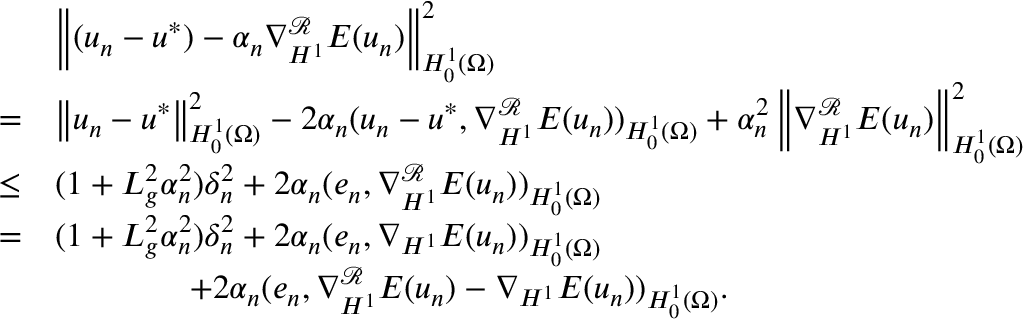
\begin{array} { r l } & { \left\Vert ( u _ { n } - u ^ { * } ) - \alpha _ { n } \nabla _ { H ^ { 1 } } ^ { \mathcal { R } } E ( u _ { n } ) \right\Vert _ { H _ { 0 } ^ { 1 } ( \Omega ) } ^ { 2 } } \\ { = } & { \left\Vert u _ { n } - u ^ { * } \right\Vert _ { H _ { 0 } ^ { 1 } ( \Omega ) } ^ { 2 } - 2 \alpha _ { n } ( u _ { n } - u ^ { * } , \nabla _ { H ^ { 1 } } ^ { \mathcal { R } } E ( u _ { n } ) ) _ { H _ { 0 } ^ { 1 } ( \Omega ) } + \alpha _ { n } ^ { 2 } \left\Vert \nabla _ { H ^ { 1 } } ^ { \mathcal { R } } E ( u _ { n } ) \right\Vert _ { H _ { 0 } ^ { 1 } ( \Omega ) } ^ { 2 } } \\ { \leq } & { ( 1 + L _ { g } ^ { 2 } \alpha _ { n } ^ { 2 } ) \delta _ { n } ^ { 2 } + 2 \alpha _ { n } ( e _ { n } , \nabla _ { H ^ { 1 } } ^ { \mathcal { R } } E ( u _ { n } ) ) _ { H _ { 0 } ^ { 1 } ( \Omega ) } } \\ { = } & { ( 1 + L _ { g } ^ { 2 } \alpha _ { n } ^ { 2 } ) \delta _ { n } ^ { 2 } + 2 \alpha _ { n } ( e _ { n } , \nabla _ { H ^ { 1 } } E ( u _ { n } ) ) _ { H _ { 0 } ^ { 1 } ( \Omega ) } } \\ & { \qquad \qquad + 2 \alpha _ { n } ( e _ { n } , \nabla _ { H ^ { 1 } } ^ { \mathcal { R } } E ( u _ { n } ) - \nabla _ { H ^ { 1 } } E ( u _ { n } ) ) _ { H _ { 0 } ^ { 1 } ( \Omega ) } . } \end{array}